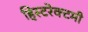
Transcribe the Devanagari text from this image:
हिस्टरेक्टमी